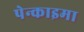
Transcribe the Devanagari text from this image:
पेन्काइमा